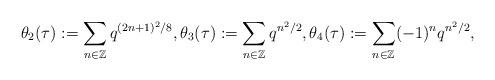
LaTeX: \begin{gather*}\theta_2(\tau):=\sum_{n\in\mathbb Z} q^{(2n+1)^2/8},\theta_3(\tau):=\sum_{n\in\mathbb Z} q^{n^2/2}, \theta_4(\tau):=\sum_{n\in\mathbb Z} (-1)^nq^{n^2/2},\end{gather*}